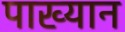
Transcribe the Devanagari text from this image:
पाख्यान